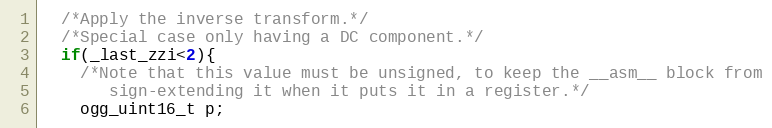
Language: C
  /*Apply the inverse transform.*/
  /*Special case only having a DC component.*/
  if(_last_zzi<2){
    /*Note that this value must be unsigned, to keep the __asm__ block from
       sign-extending it when it puts it in a register.*/
    ogg_uint16_t p;